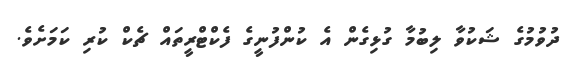
ދުވުމުގެ ޝަކުވާ ލިބުމާ ގުޅިގެން އެ ކުންފުނީގެ ފެކްޓްރީތައް ޗެކް ކުރި ކަމަށެވެ.